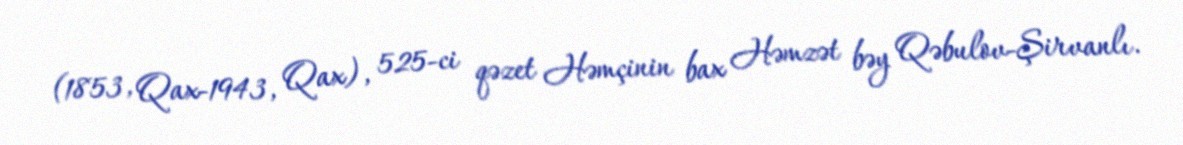
(1853, Qax-1943, Qax), 525-ci qəzet Həmçinin bax Həmzət bəy Qəbulov-Şirvanlı.